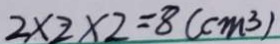
2 \times 2 \times 2 = 8 ( c m ^ { 3 } )